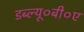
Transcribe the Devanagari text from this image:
डब्ल्यू०बी०ए